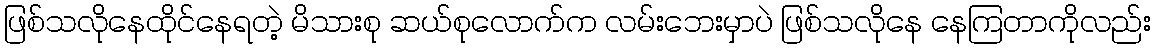
ဖြစ်သလိုနေထိုင်နေရတဲ့ မိသားစု ဆယ်စုလောက်က လမ်းဘေးမှာပဲ ဖြစ်သလိုနေ နေကြတာကိုလည်း